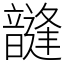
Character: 韼